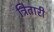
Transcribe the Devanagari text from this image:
त्रितारी